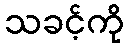
သခင့်ကို